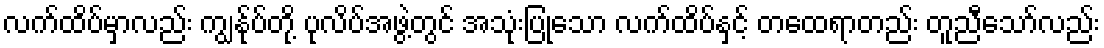
လက်ထိပ်မှာလည်း ကျွန်ုပ်တို့ ပုလိပ်အဖွဲ့တွင် အသုံးပြုသော လက်ထိပ်နှင့် တထေရာတည်း တူညီသော်လည်း